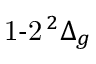
{ \operatorname { 1 - 2 } } \phantom { A } \! \! \! ^ { 2 } \Delta _ { g }